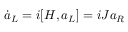
\dot { a } _ { L } = i [ { H } , { a } _ { L } ] = i J a _ { R }